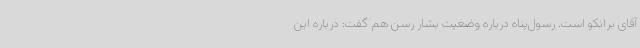
آقای برانکو است. رسول‌پناه درباره وضعیت بشار رسن هم گفت: درباره این